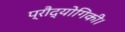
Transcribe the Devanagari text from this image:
प्रौद्योगिकी।